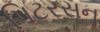
પિટરસન